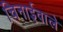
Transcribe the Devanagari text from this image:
चिनाईवाले